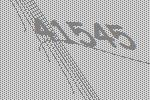
41545